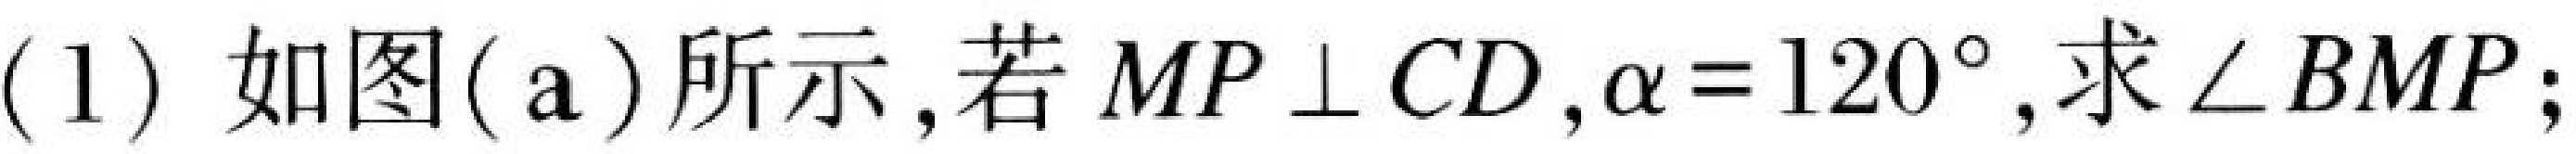
(1) 如图(\(a\))所示，若\(MP\perp CD\)，\(\alpha = 120^{\circ}\)，求\(\angle BMP\)；